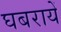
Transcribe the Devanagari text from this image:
घबरायें